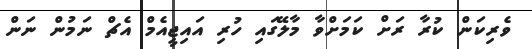
ވެރިކަން ކުރާ ރަށް ކަމަށްވާ މާލޭގައި ހުރި އައިޖީއެމް އެޗް ނަމުން ނަން